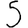
Digit: 5